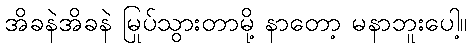
အိခနဲအိခနဲ မြုပ်သွားတာမို့ နာတော့ မနာဘူးပေါ့။